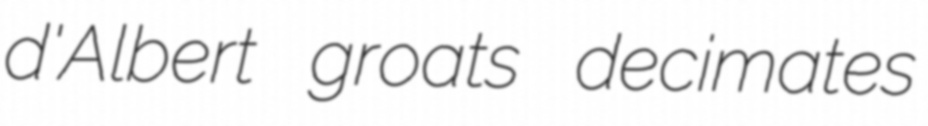
d'Albert groats decimates